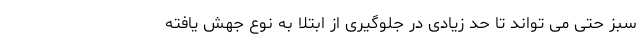
سبز حتی می تواند تا حد زیادی در جلوگیری از ابتلا به نوع جهش یافته